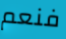
فنعم